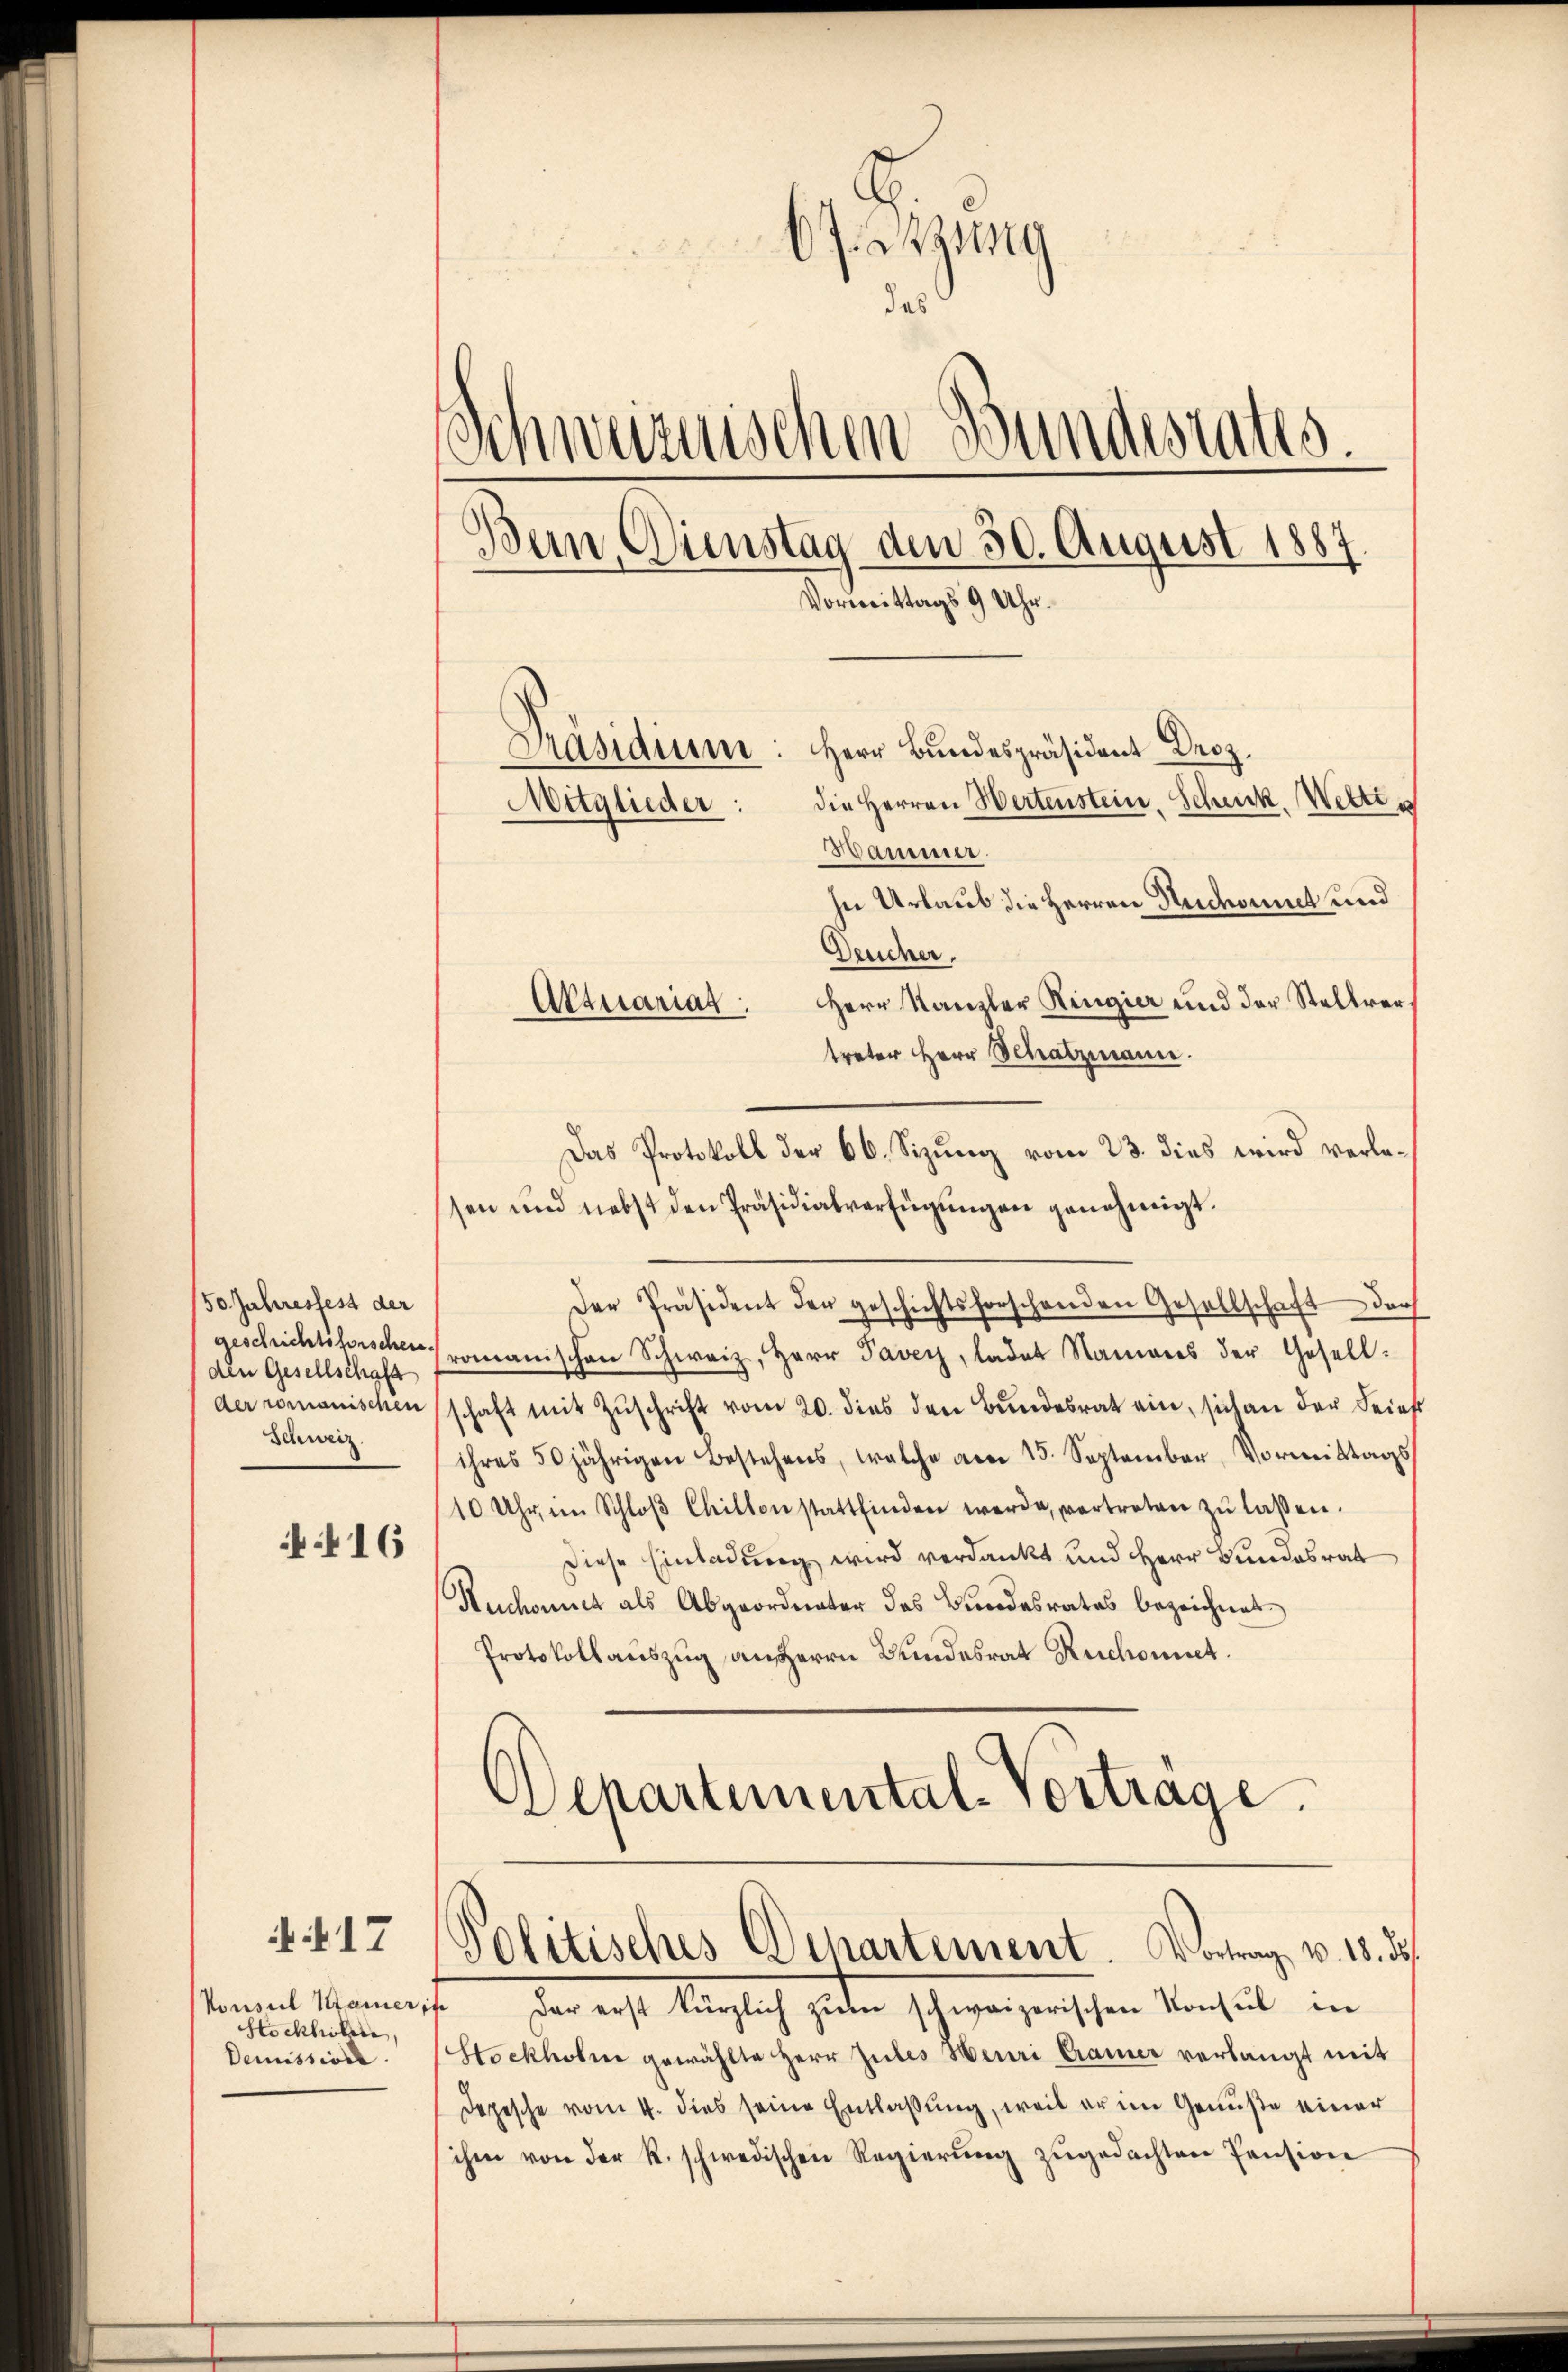
416

17
Konsul Kamer,
Hockholen,
Demissione.

J. zug
¬
52
das
Schweizerischen Bundestates
Bein, Dienstag den 30. August 1887.
Vormittags 9 Uhr.
Herr Bundespräsident Droz.
Präsidium
die Herren Wertenstein. Schick, Wetti s
Mitglieder:
Hammer.

50. Jahressest der
geschichtssischen.
den Gesellschaft
der romanischen
Schweiz.

In Urlaub die Herren Nudoumet und
Deucher,
Herr Kanzler Ringier und der Stellvertreter Herr Schatzmann.
Das Protokoll der 66. Sizung vom 23. dies wird verlesen und nebst den Präsidialverfügŭngen genehmigt.
Der Präsident der geschichtsforschenden Gesellschaft der
romanischen Schweiz, Herr Paver, ladet Namens der Gesellschaft mit Zuschrift vom 20. dies den Bundesrat ein, sich an der Seinst
ihres 50jährigen Bestehens, welche am 15. September Vormittags
10 Uhr im Schloβ Chilten stattfinden werde, vertreten zu laßen.
Diese Einladung wird verdankt und Herr Bundesrat
Huchonnet als Abgeordneter des Bundesrates bezeichnet
Protokollauszug an Herrn Bundesrat Ruchonet.
Departemental-Vortrage.

Aktuariat

fe
der erst kürzlich zum schweizerischen Konsul in
Stockholm gewählte Herr Zules Meuri Cramer verlangt mit
Depesche vom 4. dies seine Entlaßung, weil er im Genuße einer
ihm von der R. schwedischen Regierŭng zŭgedachten Pension

Politisches Departement. Vortrag v. 18. ds.